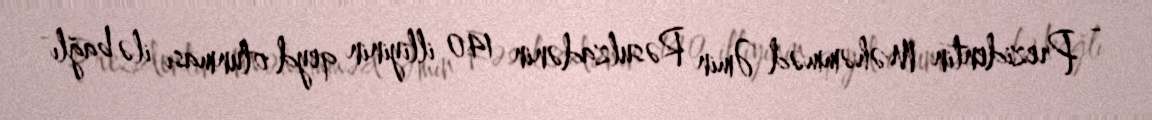
- Prezidentin Məhəmməd Əmin Rəsulzadənin 140 illiyinin qeyd olunması ilə bağlı